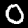
Label: 0